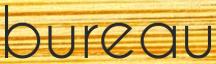
bureau